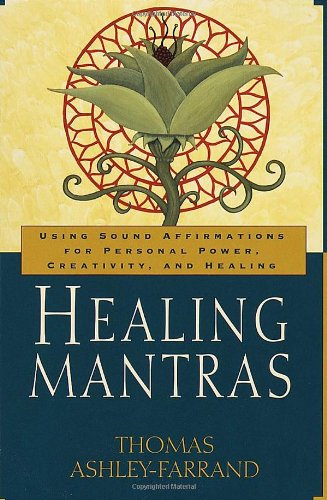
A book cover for Healing Mantras: Using Sound Affirmations for Personal Power, Creativity, and Healing; Thomas Ashley-Farrand; Health, Fitness & Dieting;